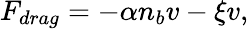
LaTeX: F_{drag}=-\alpha n_{b}v-\xi v,